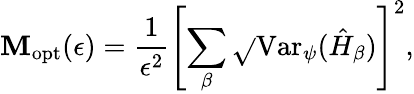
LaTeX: \mathbf{M}_{\mathrm{{opt}}}(\epsilon)=\frac{{1}}{{\epsilon^{2}}}\left[\sum_{\beta}\sqrt{}{{\mathrm{{Var}}_{\psi}(\hat{{H}}_{\beta})}}\right]^{2},